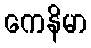
ကေနိမာ